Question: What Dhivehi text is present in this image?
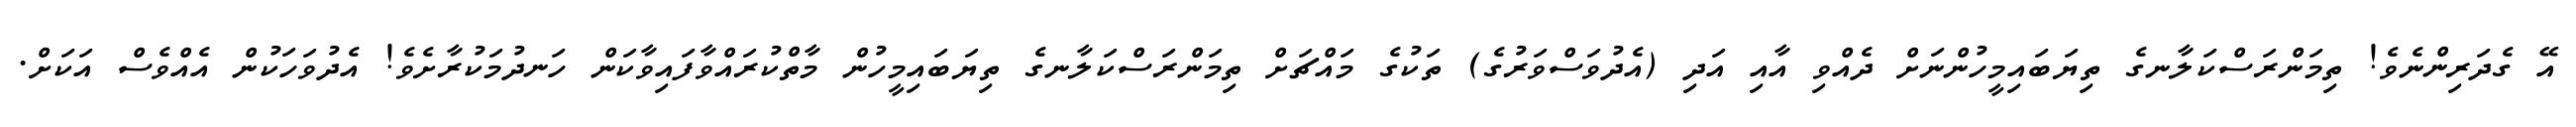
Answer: އޭ ގެދަރިންނެވެ! ތިމަންރަސްކަލާނގެ ތިޔަބައިމީހުންނަށް ދެއްވި އާއި އަދި (އެދުވަސްވަރުގެ) ތަކުގެ މައްޗަށް ތިމަންރަސްކަލާނގެ ތިޔަބައިމީހުން މާތްކުރައްވާފައިވާކަން ހަނދުމަކުރާށެވެ! އެދުވަހަކުން އެއްވެސް އަކަށް.